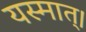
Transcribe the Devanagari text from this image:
यस्मात्।